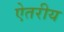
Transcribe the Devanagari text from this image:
ऐतरीय